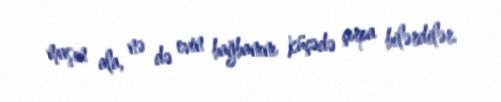
maşın ala, nə də evin bağbanını küçədə çırpa bilərdilər.